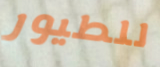
للطيور